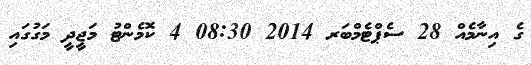
ގެ އިނާމެއް 28 ސެޕްޓެމްބަރ 2014 08:30 4 ކޮމެންޓު މަޖީދީ މަގުގައި